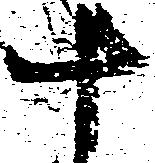
す